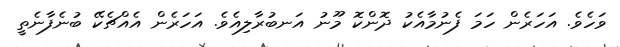
ވަހެވެ. އަހަރެން ހަމަ ފެނުމާއެކު ދޮންކޮ މޫނު އަނބުރާލިއެވެ. އަހަރެން އެއްޗެކޭ ބުނެފާނެތީ